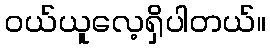
၀ယ်ယူလေ့ရှိပါတယ်။